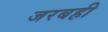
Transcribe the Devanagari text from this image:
जरबही